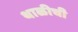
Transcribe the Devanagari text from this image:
थाळीची